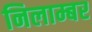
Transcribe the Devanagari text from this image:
निलाम्बर